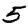
Digit: 5